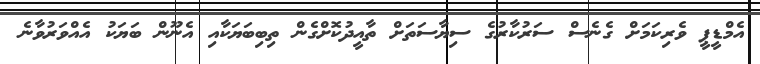
އެމްޑީޕީ ވެރިކަމަށް ގެނެސް ސަރުކާރުގެ ސިޔާސަތަށް ތާއީދުކޮށްގެން ތިބިބަޔަކާއި އެނޫން ބަޔަކު އެއްވަރުވާނެ